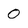
Character: 0